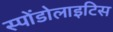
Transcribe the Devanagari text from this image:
स्पोंडोलाइटिस